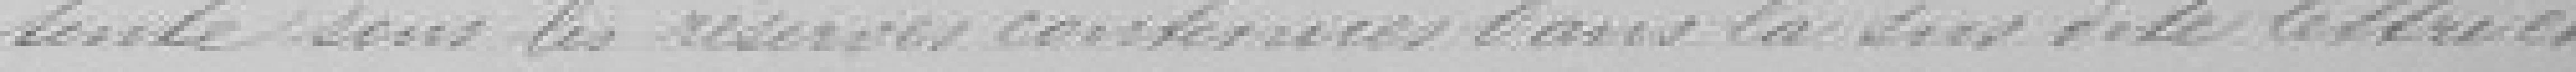
tente sous les réserves contenues dans la sus dite lettre et